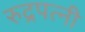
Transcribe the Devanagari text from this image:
रुद्रपत्नी